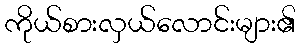
ကိုယ်စားလှယ်လောင်းများ၏